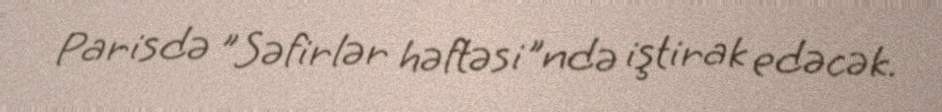
Parisdə "Səfirlər həftəsi"ndə iştirak edəcək.